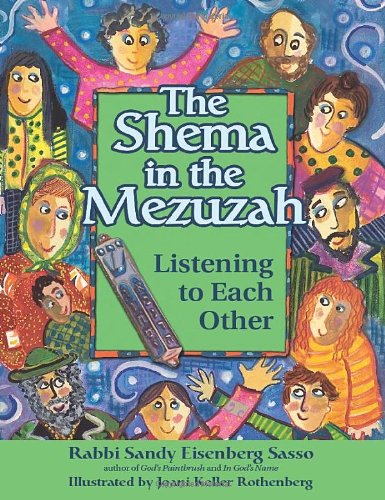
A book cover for The Shema in the Mezuzah: Listening to Each Other; Rabbi Sandy Eisenberg Sasso; Children's Books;